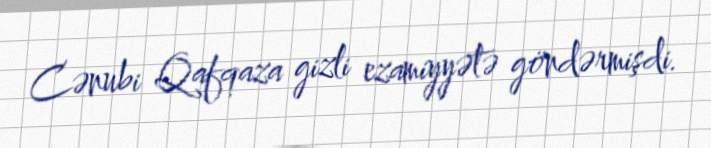
Cənubi Qafqaza gizli ezamiyyətə göndərmişdi.